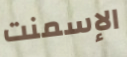
الإسمنت